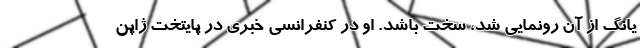
یانگ از آن رونمایی شد، سخت باشد. او در کنفرانسی خبری در پایتخت ژاپن